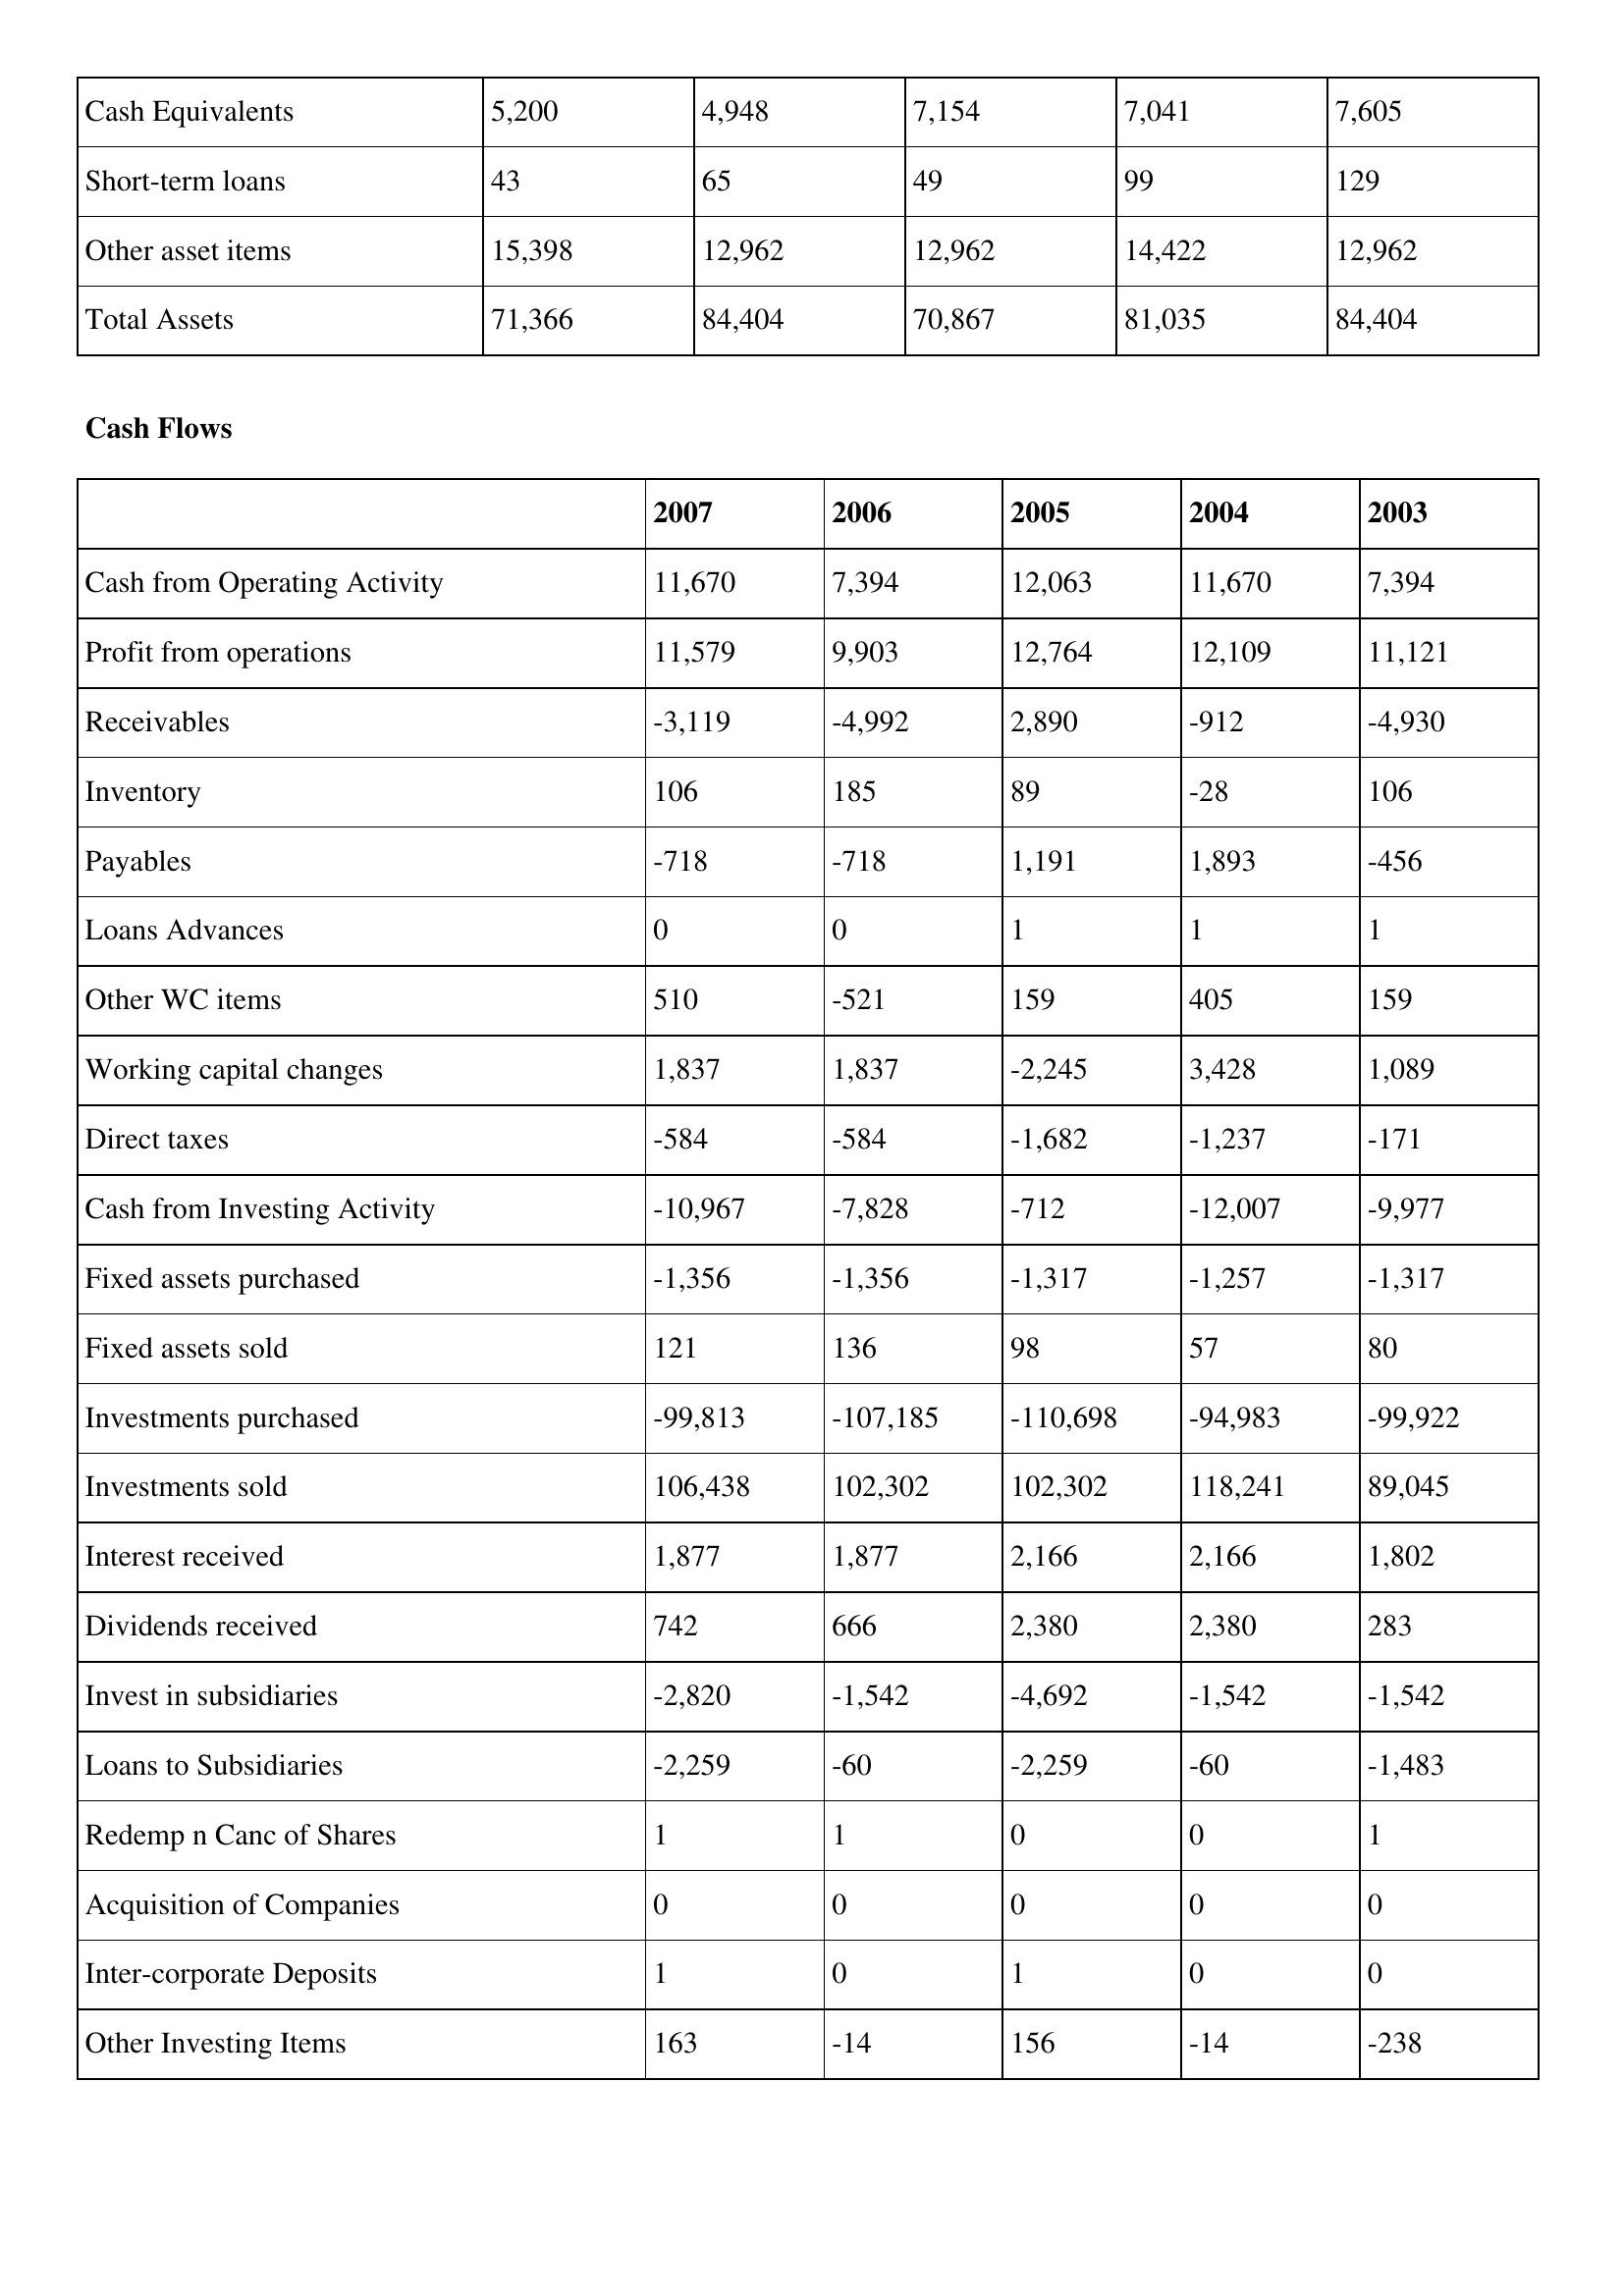
gt_parse: 2007: Balance Sheet: Cash Equivalents: 5,200
Short-term loans: 43
Other asset items: 15,398
Total Assets: 71,366
Cash Flows: Cash from Operating Activity: 11,670
Profit from operations: 11,579
Receivables: -3,119
Inventory: 106
Payables: -718
Loans Advances: 0
Other WC items: 510
Working capital changes: 1,837
Direct taxes: -584
Cash from Investing Activity: -10,967
Fixed assets purchased: -1,356
Fixed assets sold: 121
Investments purchased: -99,813
Investments sold: 106,438
Interest received: 1,877
Dividends received: 742
Invest in subsidiaries: -2,820
Loans to Subsidiaries: -2,259
Redemp n Canc of Shares: 1
Acquisition of Companies: 0
Inter-corporate Deposits: 1
Other Investing Items: 163
2006: Balance Sheet: Cash Equivalents: 4,948
Short-term loans: 65
Other asset items: 12,962
Total Assets: 84,404
Cash Flows: Cash from Operating Activity: 7,394
Profit from operations: 9,903
Receivables: -4,992
Inventory: 185
Payables: -718
Loans Advances: 0
Other WC items: -521
Working capital changes: 1,837
Direct taxes: -584
Cash from Investing Activity: -7,828
Fixed assets purchased: -1,356
Fixed assets sold: 136
Investments purchased: -107,185
Investments sold: 102,302
Interest received: 1,877
Dividends received: 666
Invest in subsidiaries: -1,542
Loans to Subsidiaries: -60
Redemp n Canc of Shares: 1
Acquisition of Companies: 0
Inter-corporate Deposits: 0
Other Investing Items: -14
2005: Balance Sheet: Cash Equivalents: 7,154
Short-term loans: 49
Other asset items: 12,962
Total Assets: 70,867
Cash Flows: Cash from Operating Activity: 12,063
Profit from operations: 12,764
Receivables: 2,890
Inventory: 89
Payables: 1,191
Loans Advances: 1
Other WC items: 159
Working capital changes: -2,245
Direct taxes: -1,682
Cash from Investing Activity: -712
Fixed assets purchased: -1,317
Fixed assets sold: 98
Investments purchased: -110,698
Investments sold: 102,302
Interest received: 2,166
Dividends received: 2,380
Invest in subsidiaries: -4,692
Loans to Subsidiaries: -2,259
Redemp n Canc of Shares: 0
Acquisition of Companies: 0
Inter-corporate Deposits: 1
Other Investing Items: 156
2004: Balance Sheet: Cash Equivalents: 7,041
Short-term loans: 99
Other asset items: 14,422
Total Assets: 81,035
Cash Flows: Cash from Operating Activity: 11,670
Profit from operations: 12,109
Receivables: -912
Inventory: -28
Payables: 1,893
Loans Advances: 1
Other WC items: 405
Working capital changes: 3,428
Direct taxes: -1,237
Cash from Investing Activity: -12,007
Fixed assets purchased: -1,257
Fixed assets sold: 57
Investments purchased: -94,983
Investments sold: 118,241
Interest received: 2,166
Dividends received: 2,380
Invest in subsidiaries: -1,542
Loans to Subsidiaries: -60
Redemp n Canc of Shares: 0
Acquisition of Companies: 0
Inter-corporate Deposits: 0
Other Investing Items: -14
2003: Balance Sheet: Cash Equivalents: 7,605
Short-term loans: 129
Other asset items: 12,962
Total Assets: 84,404
Cash Flows: Cash from Operating Activity: 7,394
Profit from operations: 11,121
Receivables: -4,930
Inventory: 106
Payables: -456
Loans Advances: 1
Other WC items: 159
Working capital changes: 1,089
Direct taxes: -171
Cash from Investing Activity: -9,977
Fixed assets purchased: -1,317
Fixed assets sold: 80
Investments purchased: -99,922
Investments sold: 89,045
Interest received: 1,802
Dividends received: 283
Invest in subsidiaries: -1,542
Loans to Subsidiaries: -1,483
Redemp n Canc of Shares: 1
Acquisition of Companies: 0
Inter-corporate Deposits: 0
Other Investing Items: -238